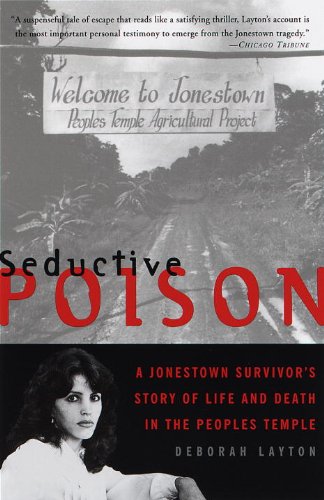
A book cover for Seductive Poison: A Jonestown Survivor's Story of Life and Death in the People's Temple; Deborah Layton; Self-Help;